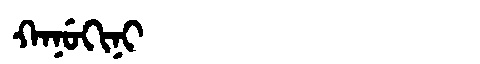
Manchu: ᡴᠠᠨᡠᡴᡳᠨᡳ
Romanization: KANUKINI